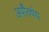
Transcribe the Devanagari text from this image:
अपाेेैरुषेय